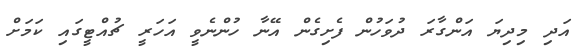
އަދި މިދިޔަ އަންގާރަ ދުވަހުން ފެށިގެން އޭނާ ހުންނެވީ އަހަރީ ޗުއްޓީގައި ކަމަށް